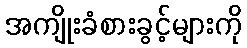
အကျိုးခံစားခွင့်များကို